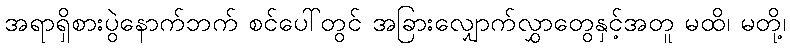
အရာရှိစားပွဲနောက်ဘက် စင်ပေါ်တွင် အခြားလျှောက်လွှာတွေနှင့်အတူ မထိ၊ မတို့၊